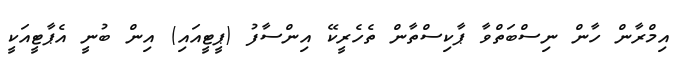
އިމްރާން ހާން ނިސްބަތްވާ ޕާކިސްތާން ތެހެރީކޭ އިންސާފު (ޕީޓީއައި) އިން ބުނީ އެޕާޓީއަކީ